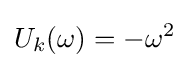
U_{k}(\omega )=-\omega ^{2}\,\!